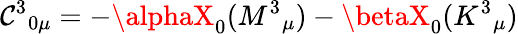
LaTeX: \mathcal{C}^{3}{}_{0\mu}=-\alphaX_{0}(M^{3}{}_{\mu})-\betaX_{0}(K^{3}{}_{\mu})